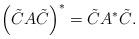
LaTeX: \begin{align*}\left(\tilde{C}A\tilde{C}\right)^{*}=\tilde{C}A^{*}\tilde{C}.\end{align*}